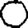
Digit: 0